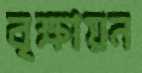
বৃক্ষায়ন